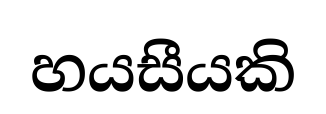
හයසීයකි